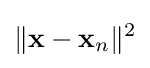
\|\mathbf {x} -\mathbf {x} _{n}\|^{2}